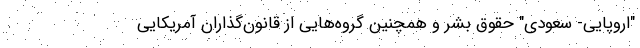
"اروپایی- سعودی" حقوق بشر و همچنین گروه‌هایی از قانون‌گذاران آمریکایی